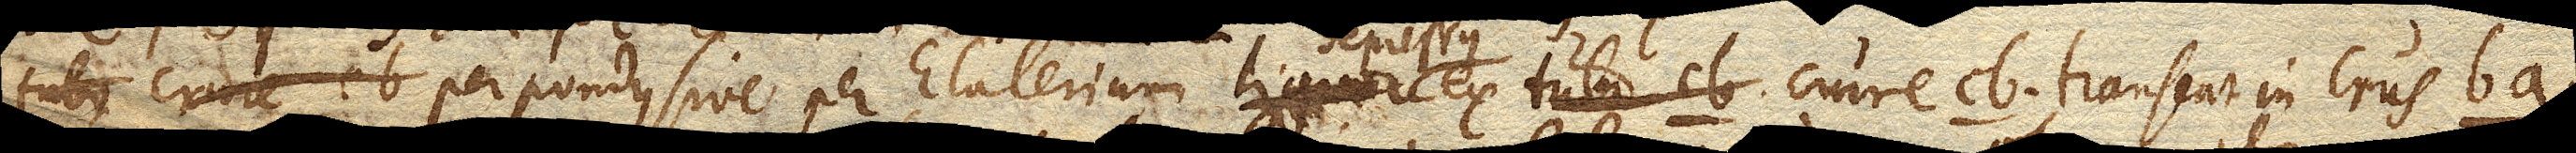
tubo crure cb. per pondus sive per Elaterium liquor ex tubo cb. depressus ex crure cb. transeat in crus ba.